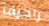
راجيف